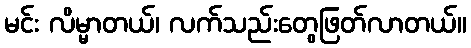
မင်း လိမ္မာတယ်၊ လက်သည်းတွေဖြတ်လာတယ်။